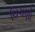
ચિચણો